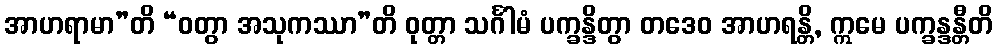
အာဟရာမာ”တိ “ဝတွာ အသုကဿာ”တိ ဝုတ္တာ သင်္ဂါမံ ပက္ခန္ဒိတွာ တဒေဝ အာဟရန္တိ, ဣမေ ပက္ခန္ဒန္တီတိ